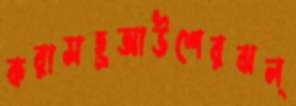
করাসহ্রআউশেরঝল্‌